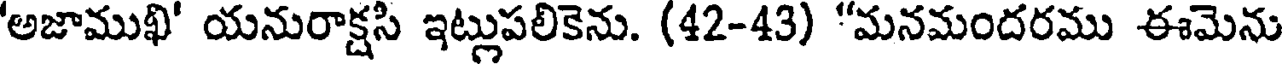
'అజాముఖి' యనురాక్షసి ఇట్లుపలికెను. (42-43) "మనమందరము ఈమెను